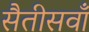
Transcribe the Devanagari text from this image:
सैतीसवाँ